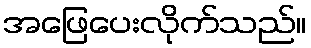
အဖြေပေးလိုက်သည်။